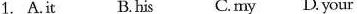
1.A.it B.his C.my D.your